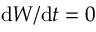
\mathrm { d } W / \mathrm { d } t = 0